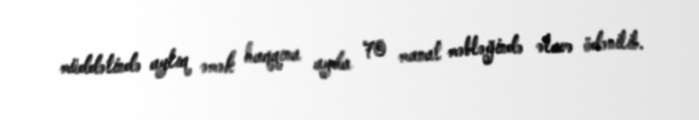
müddətində aylıq əmək haqqına ayda 70 manat məbləğində əlavə ödənilib.